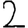
Digit: 2